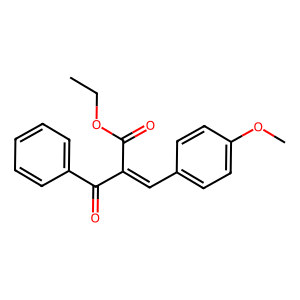
SMILES: CCOC(=O)C(=Cc1ccc(OC)cc1)C(=O)c1ccccc1
Inhibits HIV replication: No